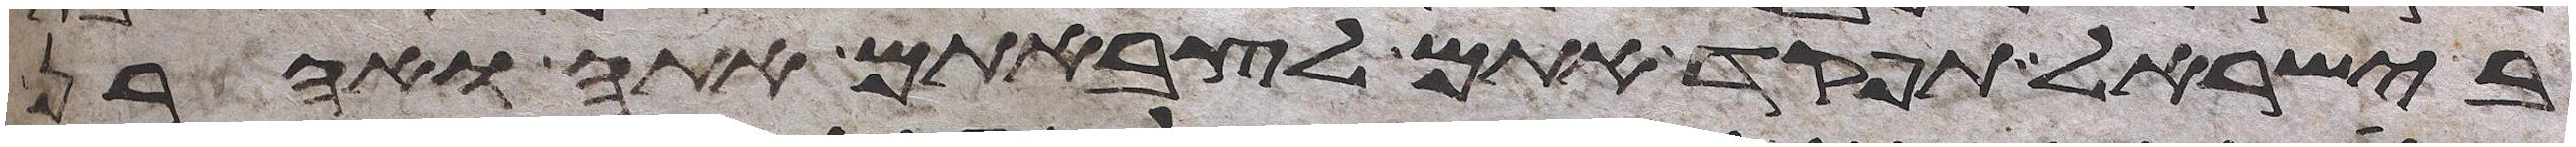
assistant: בישראל תפקד אתם לצבאתם אתה ואהרן